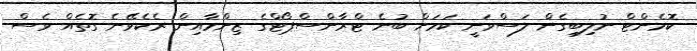
ކޮމެންޓް ނުލިބިގެން ލަސްވަނީ ކަމަށް ބުނެ ޓްރާންސްޕޯޓްގެ ޒިންމާއިން ރެކެވޭނެ ގޮތެއް ވެސް